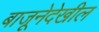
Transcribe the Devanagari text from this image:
बाजूनेदेखील